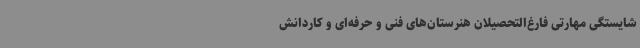
شایستگی مهارتی فارغ‌التحصیلان هنرستان‌های فنی و حرفه‌ای و کاردانش